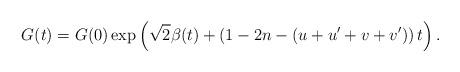
LaTeX: \begin{align*}G(t)=G(0)\exp \left(\sqrt{2}\beta(t)+\left(1-2n-\left(u+u'+v+v'\right)\right)t\right).\end{align*}